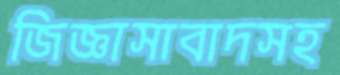
জিজ্ঞাসাবাদসহ